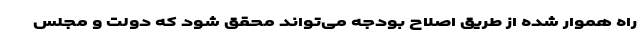
راه هموار شده از طریق اصلاح بودجه می‌تواند محقق شود که دولت و مجلس